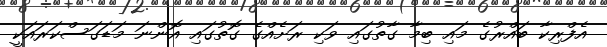
އެފްރިކާ ބައްރުގެ މައި ބިމާ ގާތުގައި ވަކި ރަށެއްގެ ގޮތުގައި އޮންނަ މަޑަގަސްކަރައަކީ